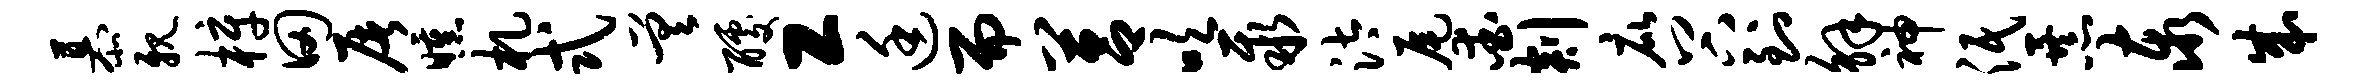
慕亲梓田屠曛札式差醵工廷而莒吹聚汰尾爱剡庇谷到解神泯暴泰成